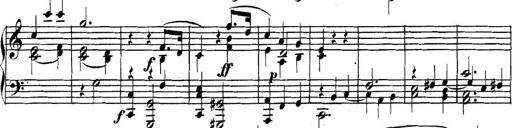
Title: Collected Piano Sonatas
Composer: Muzio Clementi